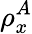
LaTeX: \rho_{x}^{A}